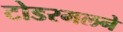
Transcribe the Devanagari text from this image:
टोडरमलने